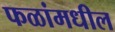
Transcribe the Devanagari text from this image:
फळांमधील